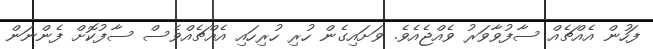
ފަހުން އެއްޗެއް ސާފުވާވަރު ވެއްޖެއެވެ. ވަށައިގެން ހުރި ހުރިހައި އެއްޗެއްވެސް ސާފުކޮށް ފެންނަން